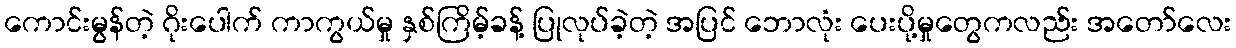
ကောင်းမွန်တဲ့ ဂိုးပေါက် ကာကွယ်မှု နှစ်ကြိမ့်ခန့် ပြုလုပ်ခဲ့တဲ့ အပြင် ဘောလုံး ပေးပို့မှုတွေကလည်း အတော်လေး